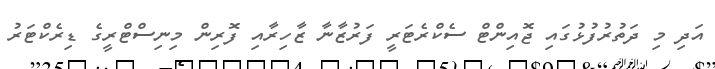
އަދި މި ދަތުރުފުޅުގައި ޖޮއިންޓް ސެކްރެޓަރީ ފަރުޒާނާ ޒާހިރާއި ފޮރިން މިނިސްޓްރީގެ ޑިރެކްޓަރު